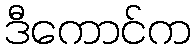
ဒီကောင်က